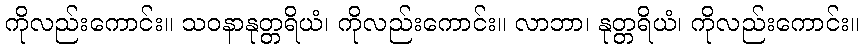
ကိုလည်းကောင်း။ သဝနာနုတ္တရိယံ၊ ကိုလည်းကောင်း။ လာဘာ၊ နုတ္တရိယံ၊ ကိုလည်းကောင်း။